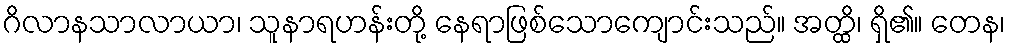
ဂိလာနသာလာယာ၊ သူနာရဟန်းတို့ နေရာဖြစ်သောကျောင်းသည်။ အတ္ထိ၊ ရှိ၏။ တေန၊